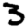
Digit: 3